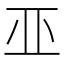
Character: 𠀜